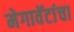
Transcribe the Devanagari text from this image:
मेगावॅटांचा